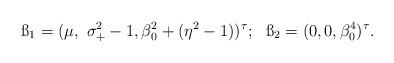
LaTeX: \begin{align*}\ss_1=(\mu, ~\sigma_+^2-1, \beta_0^2 + (\eta^2-1))^\tau; ~~\ss_2 = (0, 0, \beta_0^4)^\tau.\end{align*}